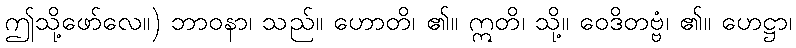
ဤသို့ဖော်လေ။) ဘာဝနာ၊ သည်။ ဟောတိ၊ ၏။ ဣတိ၊ သို့။ ဝေဒိတဗ္ဗံ၊ ၏။ ဟေဋ္ဌာ၊